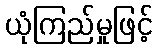
ယုံကြည်မှုဖြင့်